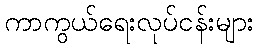
ကာကွယ်ရေးလုပ်ငန်းများ